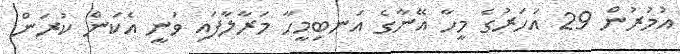
އުުމުރުން 29 އަހަރުގެ މީހާ އޭނާގެ އަނބިމީހާ މަރާލާފައި ވަނީ އެކަން ކުރަން